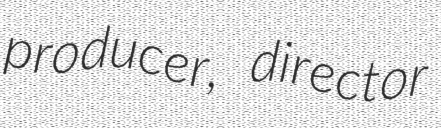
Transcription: producer, director